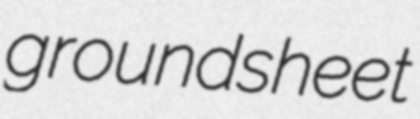
groundsheet